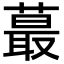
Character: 蕞